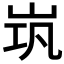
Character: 𱛞